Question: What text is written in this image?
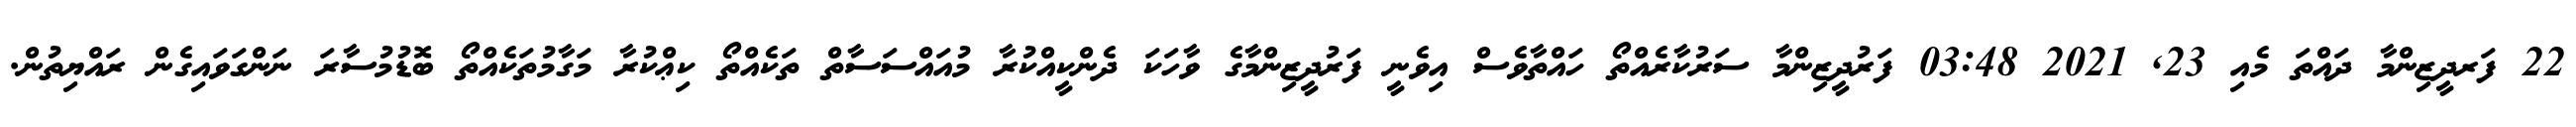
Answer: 22 ފަރދީޒިންމާ ދައްތަ މެއި 23, 2021 03:48 ފަރުދީޒިންމާ ސަރުކާރެއްތޯ ހައްތާވެސް އިވެނީ ފަރުދީޒިންމާގެ ވާހަކަ ދެންކީއްކުރާ މުއައްސަސާތް ތަކެއްތޯ ކިޢްކުރާ މަގާމުތަކެއްތޯ ބޮޑުމުސާރަ ނަންގަވައިގެން ރައްޔިތުން.